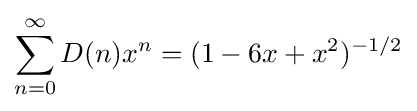
\sum _{n=0}^{\infty }D(n)x^{n}=(1-6x+x^{2})^{-1/2}